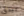
بيدق